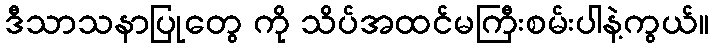
ဒီသာသနာပြုတွေ ကို သိပ်အထင်မကြီးစမ်းပါနဲ့ကွယ်။